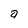
Character: a